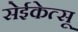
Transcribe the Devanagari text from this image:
सेईकेत्सू